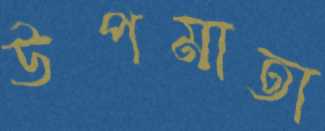
উপমাতা